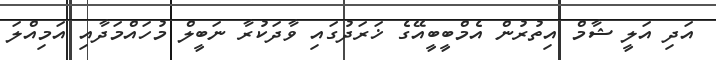
އަދި އަލީ ޝާމް އިތުރުން އެމްބީބީއޭގެ ޚަރަދުގައި ވާދަކުރާ ނަބީލް މުހައްމަދާއި އަމިއްލަ